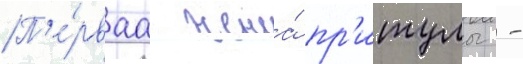
П'е́рваа жена́ пр'итулы -